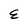
Character: E